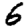
Digit: 6